Annual returns of the Patna Lunatic Asylum at Bankipore in Bihar and Orissa - 1912-1924
Year: 1912
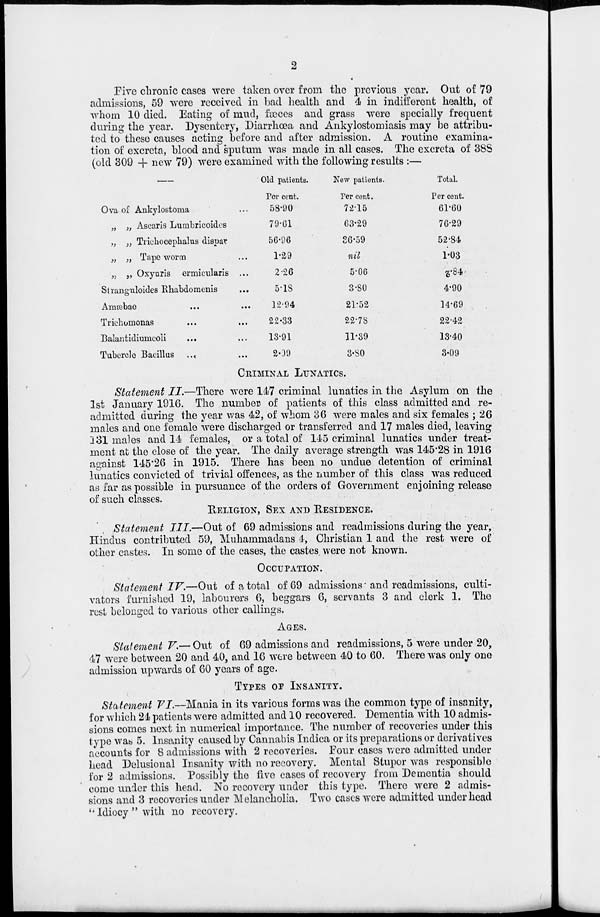
2
Five chronic cases were taken over from the previous year. Out of 79
admissions, 59 were received in bad health and 4 in indifferent health, of
whom 10 died. Eating of mud, fæces and grass were specially frequent
during the year. Dysentery, Diarrhœa and Ankylostomiasis may be attribu-
ted to these causes acting before and after admission. A routine examina-
tion of excreta, blood and sputum was made in all cases. The excreta of 38S
(old 309 + new 79) were examined with the following results :—
Ova of Ankylostoma ...
„ „ Ascaris Lumbricoides
„ „ Trichocephalus dispar
„ „ Tape worm ...
„ „ Oxyuris ermicularis ...
Stranguloides Rhabdomenis ...
Amæbae
... ...
Trichomonas ... ...
Balantidiumcoli ... ...
Tubercle Bacillus ... ...
Old patients.
Tor cent.
58.90
79.61
56.96
1.29
2.26
5.18
12.94
22.33
13.91
2.09
Now patients.
Per cent.
72.15
63.29
36.59
nil
5.06
3.80
21.52
22.78
11.39
3.80
Total.
Per cent.
61.60
76.29
52.84
1.03
2.84
4.90
14.69
22.42
13.40
3.09
CRIMINAL LUNATICS.
Statement II.—There were 147 criminal lunatics in the Asylum on the
1st January 1916. The number of patients of this class admitted and re-
admitted during the year was 42, of whom 36 were males and six females ; 26
males and one female were discharged or transferred and 17 males died, leaving
131 males and 14 females, or a total of 145 criminal lunatics under treat-
ment at the close of the year. The daily average strength was 145.28 in 1916
against 145.26 in 1915. There has been no undue detention of criminal
lunatics convicted of trivial offences, as the number of this class was reduced
as far as possible in pursuance of the orders of Government enjoining release
of such classes.
RELIGION, SEX AND RESIDENCE.
Statement III.—Out of 69 admissions and readmissions during the year,
Hindus contributed 59, Muhammadans 4, Christian 1 and the rest were of
other castes. In some of the cases, the castes were not known.
OCCUPATION.
Statement IV.—Out of a total of 69 admissions and readmissions, culti-
vators furnished 19, labourers 6, beggars 6, servants 3 and clerk 1. The
rest belonged to various other callings.
AGES.
Statement V.— Out of 69 admissions and readmissions, 5 were under 20,
47 were between 20 and 40, and 16 were between 40 to 60. There was only one
admission upwards of 60 years of age.
TYPES OF INSANITY.
Statement VI.—Mania in its various forms was the common type of insanity,
for which 24 patients were admitted and 10 recovered. Dementia with 10 admis-
sions comes next in numerical importance. The number of recoveries under this
type was 5. Insanity caused by Cannabis Indica or its preparations or derivatives
accounts for 8 admissions with 2 recoveries. Four cases were admitted under
head Delusional Insanity with no recovery. Mental Stupor was responsible
for 2 admissions. Possibly the five cases of recovery from Dementia should
come under this head. No recovery under this type. There were 2 admis-
sions and 3 recoveries under Melancholia. Two cases were admitted under head
"Idiocy " with no recovery.